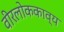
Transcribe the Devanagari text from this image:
वीरलोककाव्य